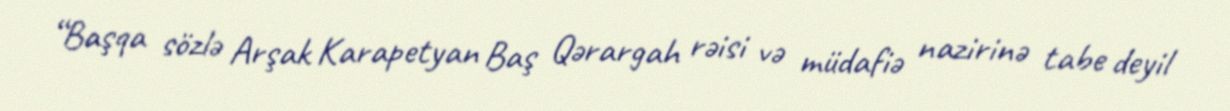
“Başqa sözlə Arşak Karapetyan Baş Qərargah rəisi və müdafiə nazirinə tabe deyil